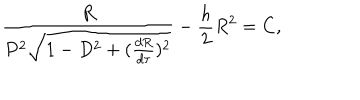
LaTeX: \frac { R } { P ^ { 2 } \sqrt { 1 - D ^ { 2 } + ( \frac { d R } { d \tau } ) ^ { 2 } } } - \frac { h } { 2 } R ^ { 2 } = C ,